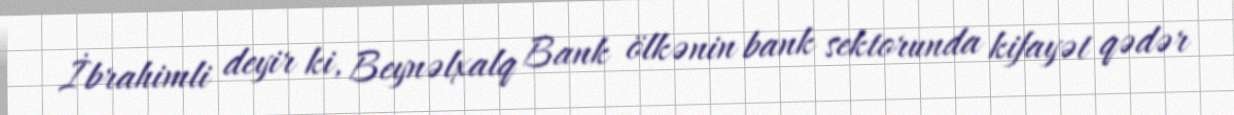
İbrahimli deyir ki, Beynəlxalq Bank ölkənin bank sektorunda kifayət qədər